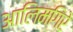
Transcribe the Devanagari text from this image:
आलिमगिरे